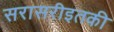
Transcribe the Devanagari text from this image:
सरासरीइतकी